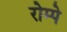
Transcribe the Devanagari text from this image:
रोम्पे